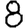
Digit: 8